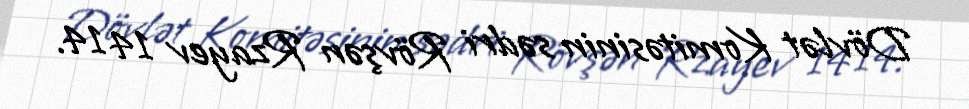
Dövlət Komitəsinin sədri Rövşən Rzayev 14 14.